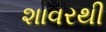
શાવરથી